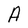
Character: A